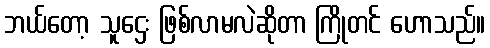
ဘယ်တော့ သူဌေး ဖြစ်လာမလဲဆိုတာ ကြိုတင် ဟောသည်။